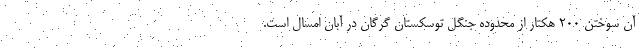
آن سوختن ۲۰۰ هکتار از محدوده جنگل توسکستان گرگان در آبان امسال است.